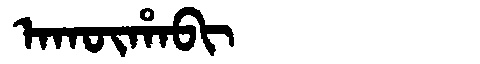
Manchu: ᠠᡴᡡᡥᠠᠪᡳ
Romanization: AKŪHABI